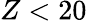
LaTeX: Z<20